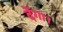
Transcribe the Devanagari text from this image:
देंगा।